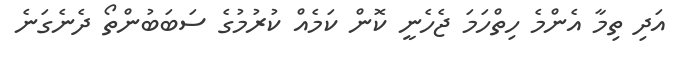
އަދި ތިމާ އެންމެ ހިތްހަމަ ޖެހެނީ ކޮން ކަމެއް ކުރުމުގެ ސަބަބުންތޯ ދެނެގަނެ